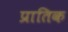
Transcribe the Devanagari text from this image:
प्रातिक